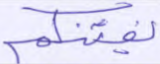
يفتنكم